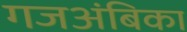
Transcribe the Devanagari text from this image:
गजअंबिका